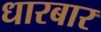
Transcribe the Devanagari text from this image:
धारबार